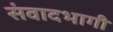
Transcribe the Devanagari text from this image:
संवादभागी